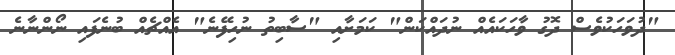
"ދުވަހަކުވެސް ދޮގު ވާހަކައެއް ނުދައްކަން" ކަމަށާއި "ސާބިތު ނުހިފޭނެ" އެއްޗެއް ބުނެފައި ނޯންނާނެ